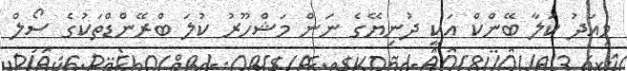
މިއަދު ކަލާ ބޭންކް އަކީ ދުނިޔޭގެ ނަން މަޝްހޫރު ކުލަ ބްރޭންޑްތަކުގެ ސޯލް